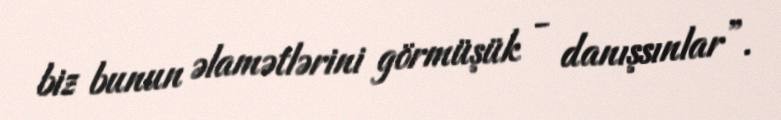
biz bunun əlamətlərini görmüşük - danışsınlar”.